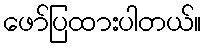
ဖော်ပြထားပါတယ်။